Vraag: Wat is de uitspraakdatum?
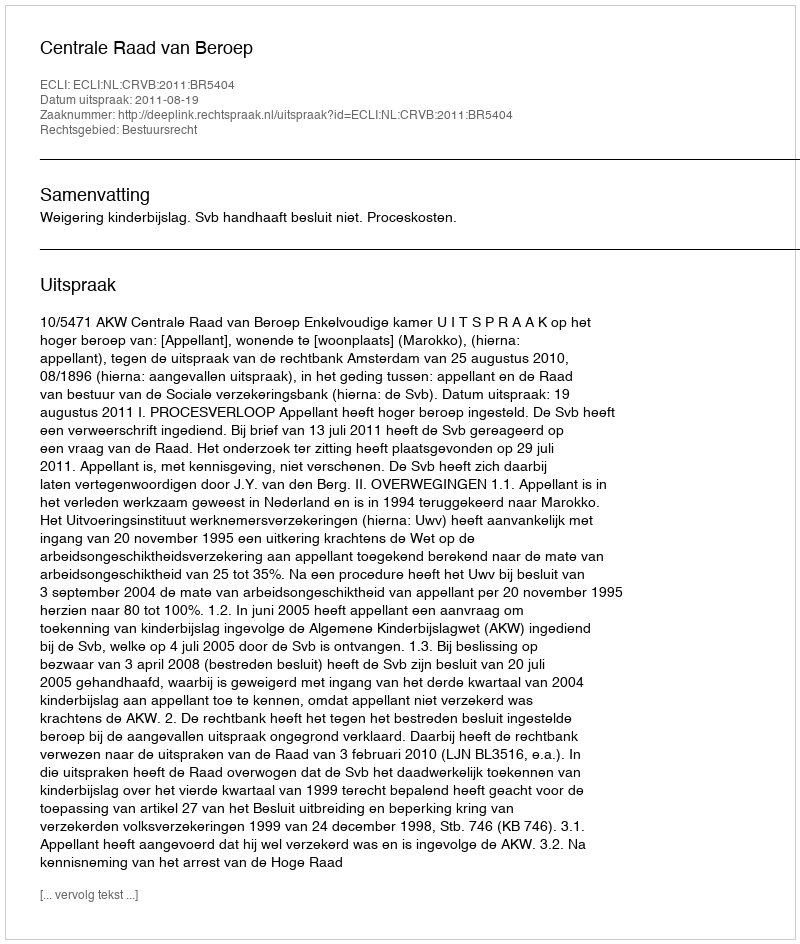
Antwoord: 2011-08-19